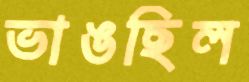
ভাঙছিল